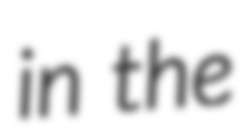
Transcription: in the